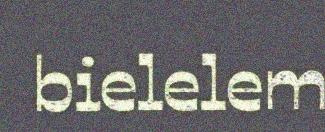
bielelem